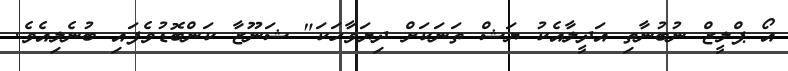
އޯ ޕްލީޒް ނުބުނާތި އަދީލާއެކު ޔަޝް ތަނަކަށް ދިޔަވާހަކަ" ޝަނޫޒާ ކަންބޮޑުވެފައި ބުނެލިއެވެ.